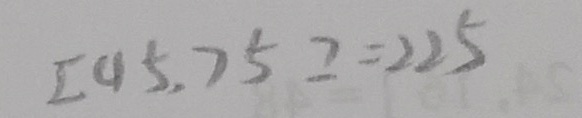
[ 4 5 , 7 5 ] = 2 2 5